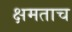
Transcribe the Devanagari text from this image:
क्षमताच